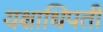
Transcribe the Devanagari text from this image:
यक्षाधिपती